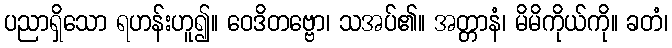
ပညာရှိသော ရဟန်းဟူ၍။ ဝေဒိတဗ္ဗော၊ သအပ်၏။ အတ္တာနံ၊ မိမိကိုယ်ကို။ ခတံ၊